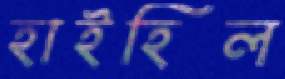
হাইহিল